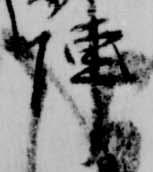
陣